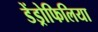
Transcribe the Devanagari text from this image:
डेंड्रोफिलिया